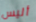
أليس